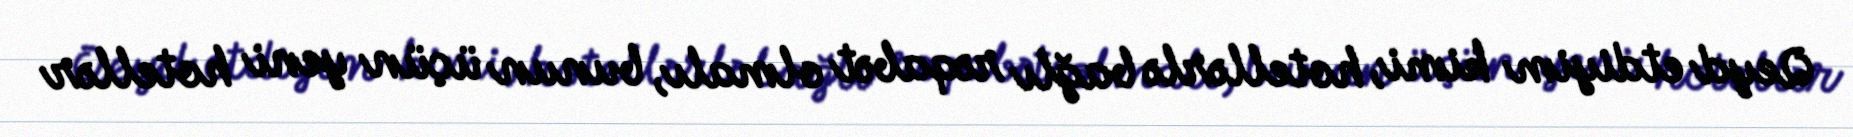
Qeyd etdiyim kimi, hotellərlə bağlı rəqabət olmalı, bunun üçün yeni hotellər